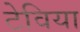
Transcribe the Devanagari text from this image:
टेविया